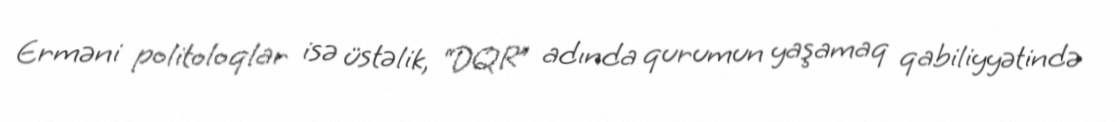
Erməni politoloqlar isə üstəlik, “DQR” adında qurumun yaşamaq qabiliyyətində